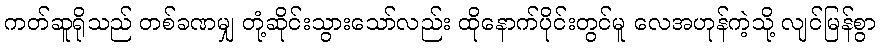
ကတ်ဆူရိုသည် တစ်ခဏမျှ တုံ့ဆိုင်းသွားသော်လည်း ထိုနောက်ပိုင်းတွင်မူ လေအဟုန်ကဲ့သို့ လျင်မြန်စွာ